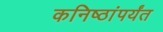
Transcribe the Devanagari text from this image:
कनिष्ठांपर्यंत